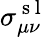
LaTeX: \sigma_{\mu\nu}^{\mathrm{~s~l~}}